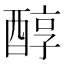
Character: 醇